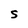
Character: S